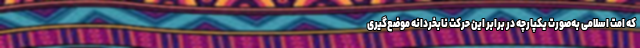
که امت اسلامی به‌صورت یکپارچه در برابر این حرکت نابخردانه موضع‌گیری